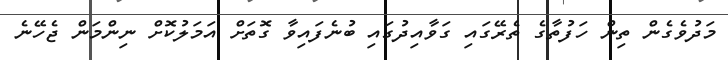
މަދުވެގެން ތިން ހަފުތާގެ ތެރޭގައި ގަވާއިދުގައި ބުނެފައިވާ ގޮތަށް އަމަލުކޮށް ނިންމަން ޖެހޭނެ